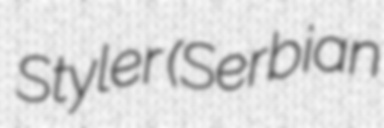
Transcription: Styler (Serbian